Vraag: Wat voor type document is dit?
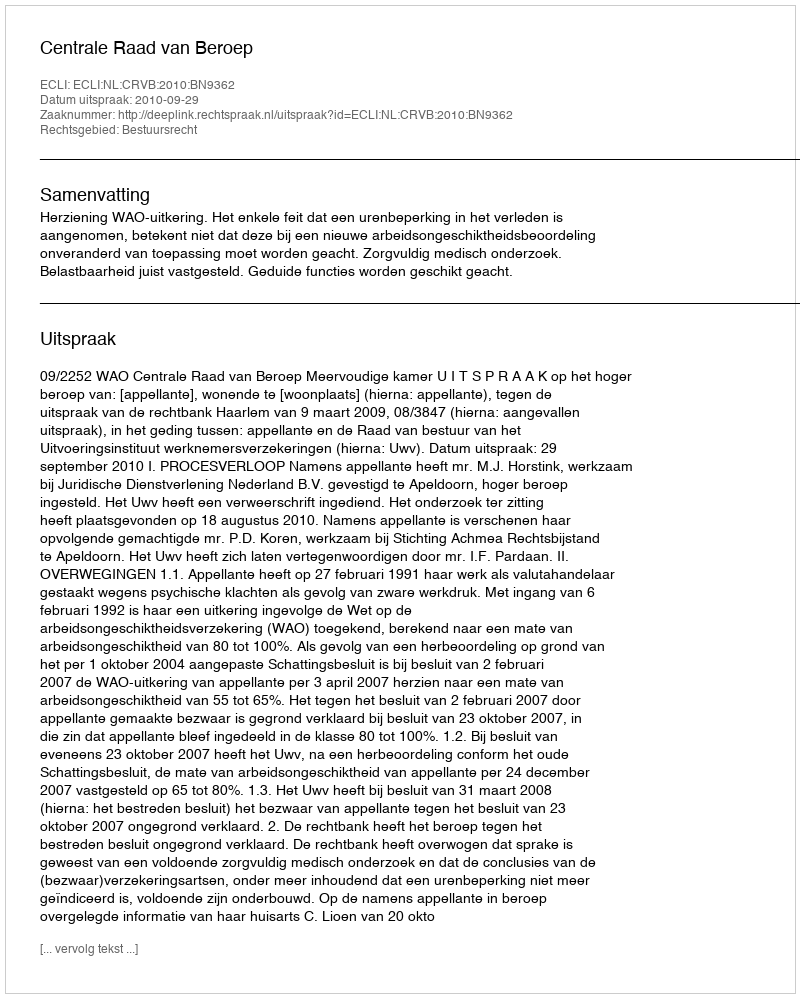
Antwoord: Uitspraak